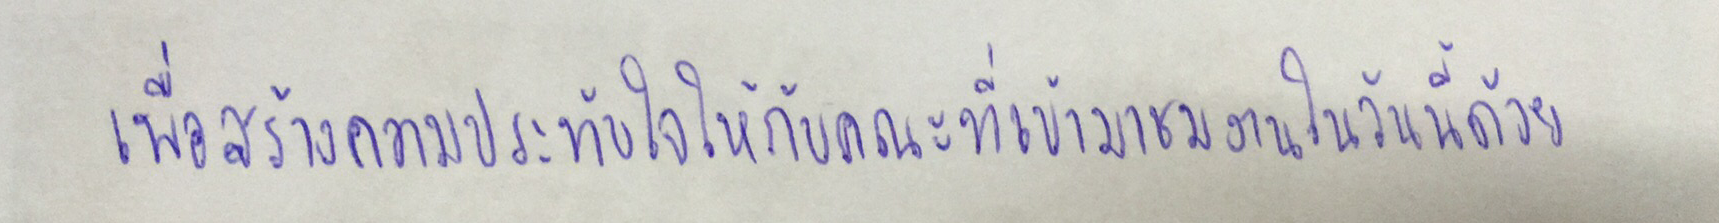
เพื่อสร้างความประทับใจให้กับคณะที่เข้ามาชมงานในวันนี้ด้วย